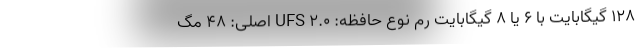
۱۲۸ گیگابایت با ۶ یا ۸ گیگابایت رم نوع حافظه: UFS ۲.۰ اصلی: ۴۸ مگ